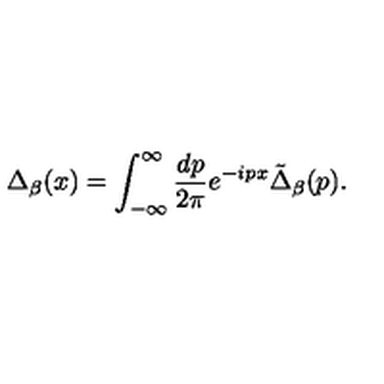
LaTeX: \Delta _ { \beta } ( x ) = \int _ { - \infty } ^ { \infty } { \frac { d p } { 2 \pi } } e ^ { - i p x } \tilde { \Delta } _ { \beta } ( p ) .